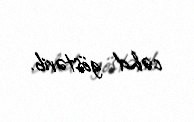
cəhd göstərib.